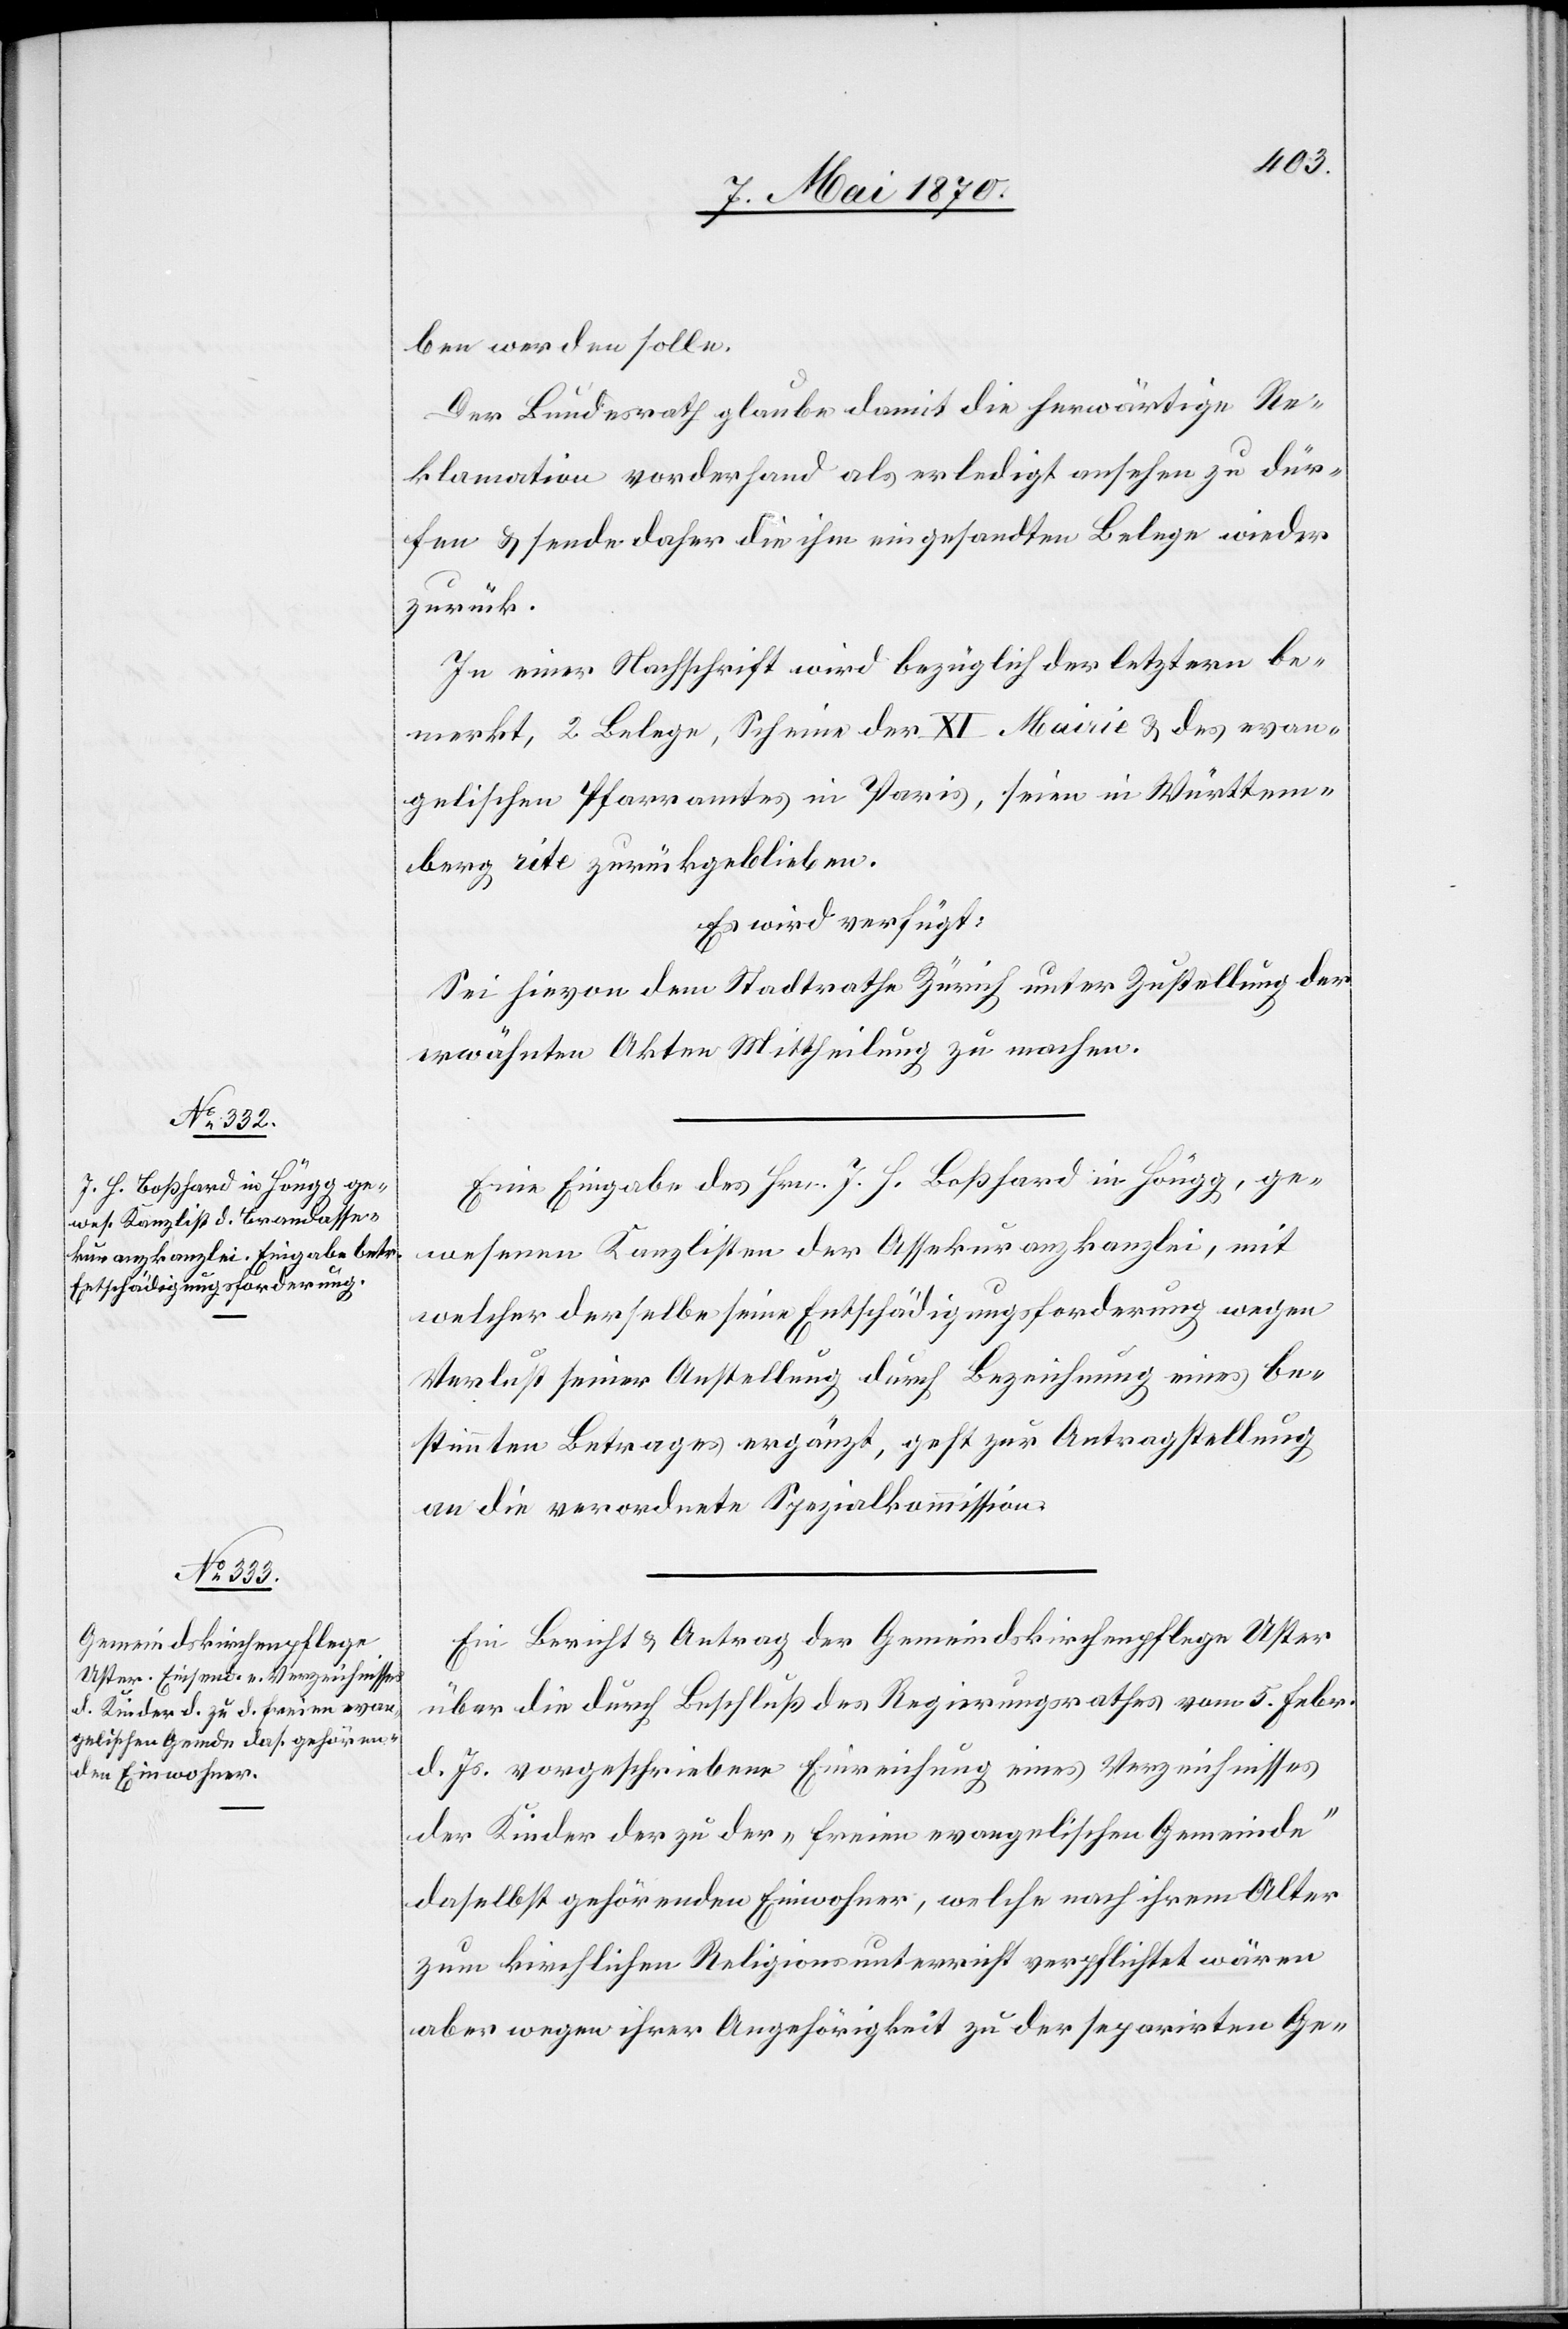
10. Mai 1870.]
ben werden solle.
Der Bundesrath glaube damit die herwärtige Re¬
klamation vorderhand als erledigt ansehen zu dür¬
fen & sende daher die ihm eingesandten Belege wieder
zurück.
In einer Nachschrift wird bezüglich der letztern be¬
merkt, 2 Belege, Scheine der XI. Mairie & des evan¬
gelischen Pfarramtes in Paris, seien in Württem¬
berg rite zurückgeblieben.
Es wird verfügt:
Sei hievon dem Stadtrathe Zürich unter Zustellung der
erwähnten Akten Mittheilung zu machen.
Eine Eingabe des Hrn. J. H. Boßhard in Höngg, ge¬
wesenen Kanzlisten der Assekuranzkanzlei, mit
welcher derselbe seine Entschädigungsforderung wegen
Verlust seiner Anstellung durch Bezeichnung eines be¬
stimmten Betrages ergänzt, geht zur Antragstellung
an die verordnete Spezialkommission.
Ein Bericht & Antrag der Gemeindskirchenpflege Uster
über die durch Beschluß des Regierungsrathes vom 5. Febr.
d. Js. vorgeschriebene Einrichtung eines Verzeichnisses
der Kinder der zu der „freien evangelischen Gemeinde“
daselbst gehörenden Einwohner, welche nach ihrem Alter
zum kirchlichen Religionsunterricht verpflichtet wären
aber wegen ihrer Angehörigkeit zu der separirten Ge-